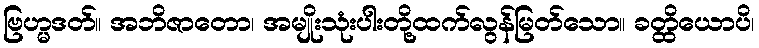
ဗြဟ္မဒတ်။ အဘိဇာတော၊ အမျိုးသုံးပါးတို့ထက်လွန်မြတ်သော။ ခတ္ထိယောပိ၊